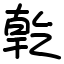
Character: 亁